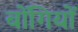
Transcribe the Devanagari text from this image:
बोंगियों